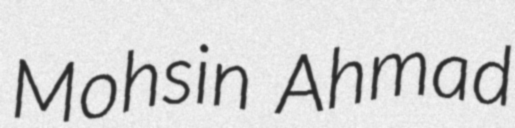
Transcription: Mohsin Ahmad